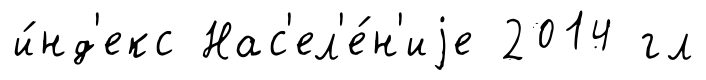
и́нд'екс Нас'ел'е́н'иjе 2014 гл